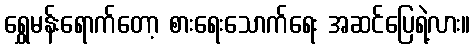
ရွှေမန်းရောက်တော့ စားရေးသောက်ရေး အဆင်ပြေရဲ့လား။